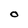
Character: O